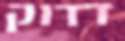
דדוק